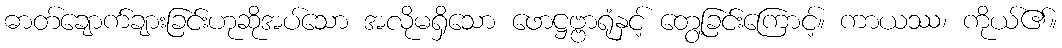
ဓာတ်ချောက်ချားခြင်းဟုဆိုအပ်သော အလိုမရှိသော ဖောဋ္ဌဗ္ဗာရုံနှင့် တွေ့ခြင်းကြောင့်။ ကာယဿ၊ ကိုယ်၏။